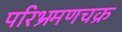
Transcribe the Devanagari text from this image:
परिभ्रमणचक्र